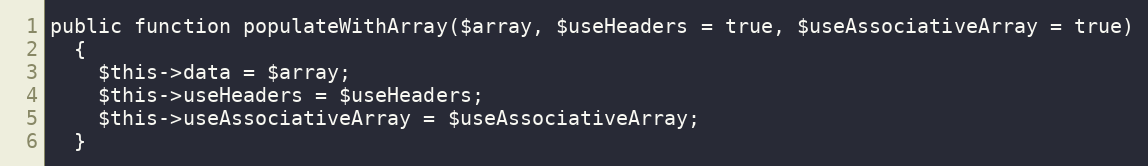
Language: PHP
public function populateWithArray($array, $useHeaders = true, $useAssociativeArray = true)
  {
    $this->data = $array;
    $this->useHeaders = $useHeaders;
    $this->useAssociativeArray = $useAssociativeArray;
  }